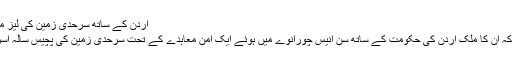
اردن کے ساتھ سرحدی زمین کی لیز میں توسیع کے لیے مذاکرات کریں گے، نیتن یاہو
اسرائیلی وزیر اعظم بنجمن نیتن یاہو نے کہا ہے کہ اُن کا ملک اردن کی حکومت کے ساتھ سن انیس چورانوے میں ہوئے ایک امن معاہدے کے تحت سرحدی زمین کی پچیس سالہ اسرائیلی لیز میں توسیع کے لیے مذاکرات کرے گا۔